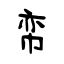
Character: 帟